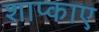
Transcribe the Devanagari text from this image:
शाप्काए